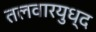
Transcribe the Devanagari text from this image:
तलवारयुध्द